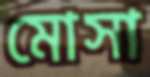
মোসা